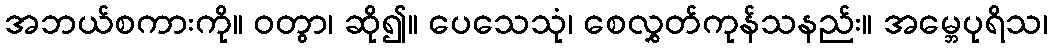
အဘယ်စကားကို။ ဝတွာ၊ ဆို၍။ ပေသေသုံ၊ စေလွှတ်ကုန်သနည်း။ အမ္ဘေပုရိသ၊